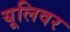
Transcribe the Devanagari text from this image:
यूलिवर